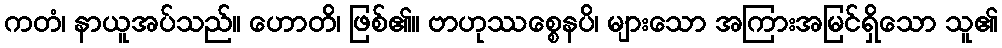
ကတံ၊ နာယူအပ်သည်။ ဟောတိ၊ ဖြစ်၏။ ဗာဟုဿစ္စေနပိ၊ များသော အကြားအမြင်ရှိသော သူ၏